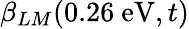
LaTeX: \beta_{LM}(0.26\ \textrm{eV},t)